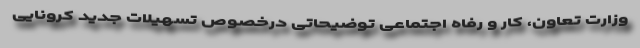
وزارت تعاون، کار و رفاه اجتماعی توضیحاتی درخصوص تسهیلات جدید کرونایی